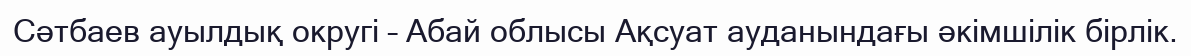
Сәтбаев ауылдық округі – Абай облысы Ақсуат ауданындағы әкімшілік бірлік.